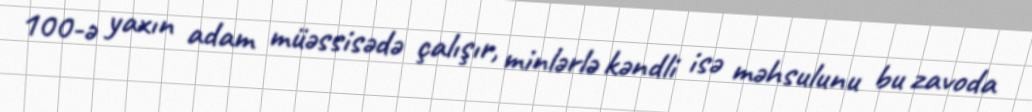
100-ə yaxın adam müəssisədə çalışır, minlərlə kəndli isə məhsulunu bu zavoda